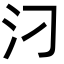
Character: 汈